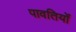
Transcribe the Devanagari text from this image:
पावतियों